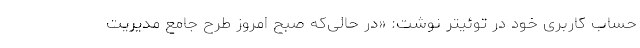
حساب کاربری خود در توئیتر نوشت: «در حالی‌که صبح امروز طرح جامع مدیریت